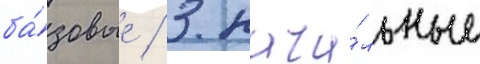
ба́зовые / 3 нача́льные